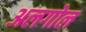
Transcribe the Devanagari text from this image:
अलगोल